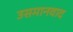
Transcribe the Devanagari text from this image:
उसमानवाद